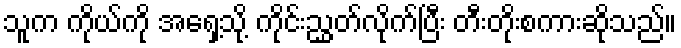
သူက ကိုယ်ကို အရှေ့သို့ ကိုင်းညွှတ်လိုက်ပြီး တီးတိုးစကားဆိုသည်။